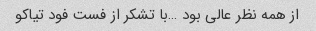
از همه نظر عالی بود …با تشکر از فست فود تیاکو